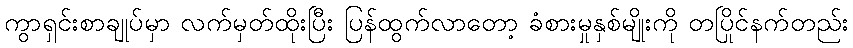
ကွာရှင်းစာချုပ်မှာ လက်မှတ်ထိုးပြီး ပြန်ထွက်လာတော့ ခံစားမှုနှစ်မျိုးကို တပြိုင်နက်တည်း